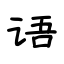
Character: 语